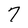
Character: 7